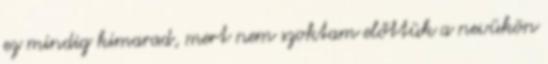
ez mindig kimarad, mert nem szoktam előttük a nevükön